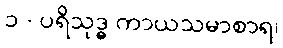
၁ - ပရိသုဒ္ဓ ကာယသမာစာရ၊